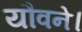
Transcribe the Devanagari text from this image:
यौवने।